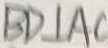
B D \bot A C